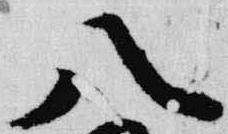
八